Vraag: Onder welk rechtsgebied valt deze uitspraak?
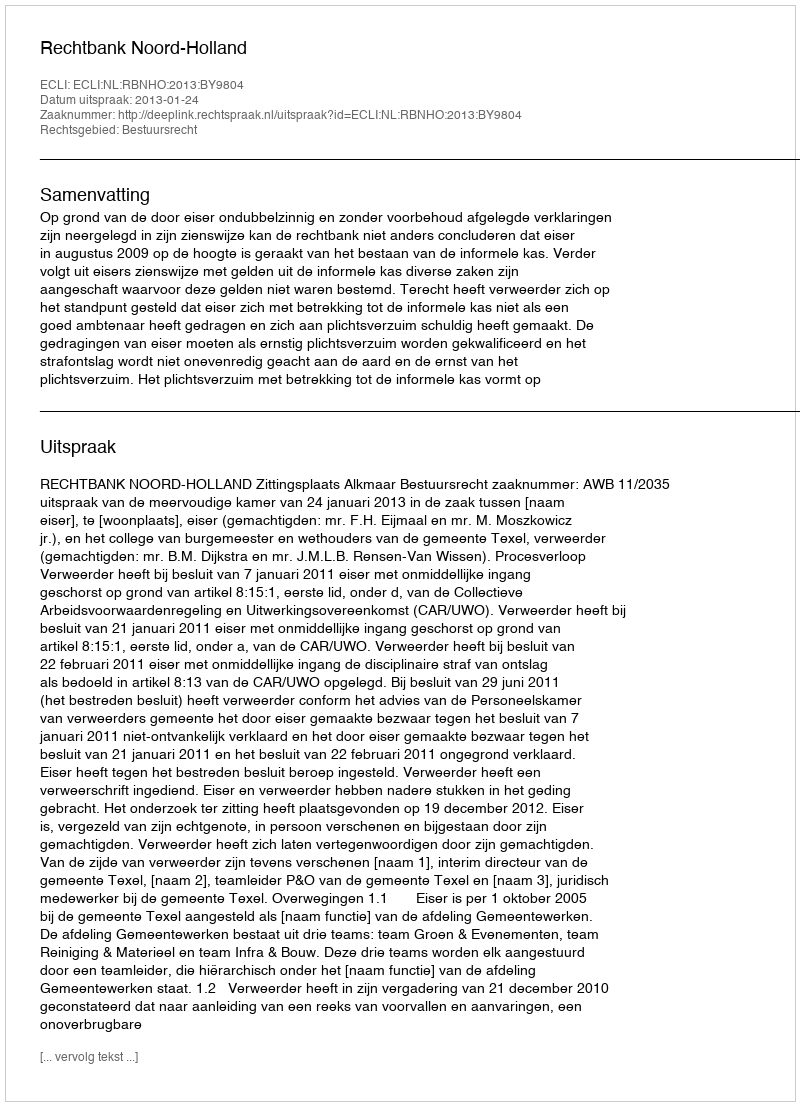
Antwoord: Bestuursrecht